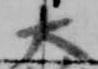
大